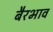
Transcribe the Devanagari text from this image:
बैरभाव